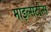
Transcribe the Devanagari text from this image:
माइल्सटोंन्स